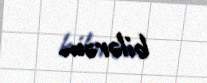
bilərəm.